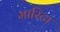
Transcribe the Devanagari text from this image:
मारिटा